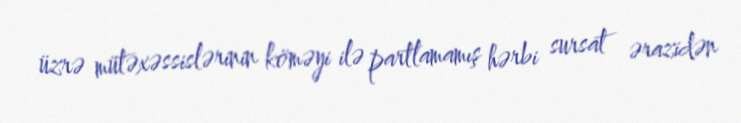
üzrə mütəxəssislərinin köməyi ilə partlamamış hərbi sursat ərazidən